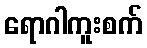
ရောဂါကူးစက်